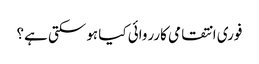
فوری انتقامی کارروائی کیا ہوسکتی ہے؟